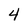
Character: 4